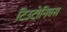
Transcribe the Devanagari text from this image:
टिउटोनिक्स